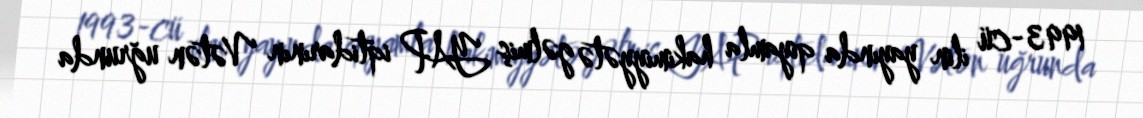
1993-cü ilin yayında qiyamla hakimiyyətə gəlmiş YAP iqtidarının Vətən uğrunda